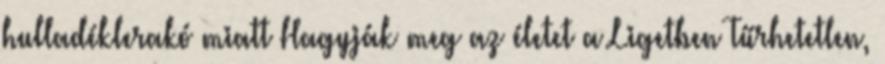
hulladéklerakó miatt Hagyják meg az életet a Ligetben Tűrhetetlen,